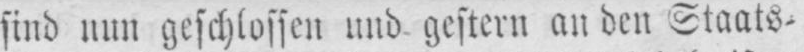
sind nun geschlossen und gestern an den Staats⸗